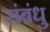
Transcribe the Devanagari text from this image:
संबंधु